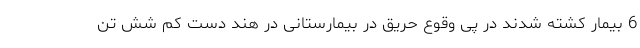
6 بیمار کشته شدند در پی وقوع حریق در بیمارستانی در هند دست کم شش تن